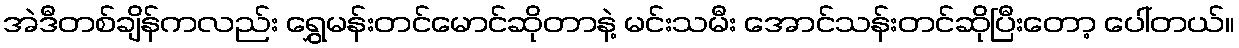
အဲဒီတစ်ချိန်ကလည်း ရွှေမန်းတင်မောင်ဆိုတာနဲ့ မင်းသမီး အောင်သန်းတင်ဆိုပြီးတော့ ပေါ်တယ်။